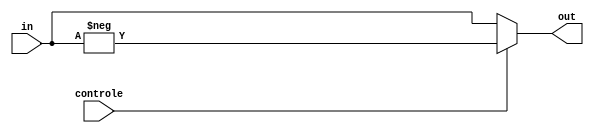
module compl2(in, controle, out);

input [15:0] in;
input controle;
output reg [15:0] out;

always @(in or controle) begin
	if(controle == 1)
		out <= - in;
	else
		out <= in;
end

endmodule